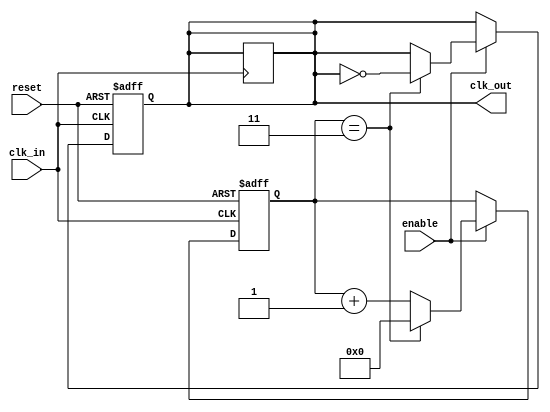
module clock_divider #(
    parameter N = 4  // Division factor, can be configured
)(
    input wire clk_in,    // Input clock signal
    input wire enable,    // Enable signal
    input wire reset,     // Asynchronous reset signal
    output reg clk_out    // Divided output clock signal
);

    reg [31:0] counter;   // Counter to keep track of clock cycles

    // Asynchronous reset and clock division logic
    always @(posedge clk_in or posedge reset) begin
        if (reset) begin
            counter <= 0;  // Reset counter
            clk_out <= 0;  // Reset output clock
        end else if (enable) begin
            if (counter == (N - 1)) begin
                counter <= 0;            // Reset counter
                clk_out <= ~clk_out;     // Toggle output clock
            end else begin
                counter <= counter + 1;  // Increment counter
            end
        end
    end

    // If not enabled, hold the last state of clk_out
    always @(negedge clk_in) begin
        if (!enable) begin
            clk_out <= clk_out;  // Hold the current state
        end
    end

endmodule